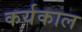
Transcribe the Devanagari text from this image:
कर्यकाल